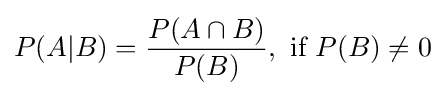
P(A\vert B)={\frac {P(A\cap B)}{P(B)}},{\text{ if }}P(B)\neq 0